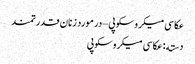
عکاسی میکروسکوپی – در مورد زنان قدرتمند
دسته: عکاسی میکروسکوپی